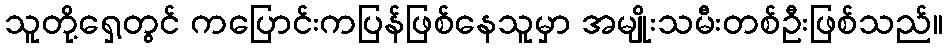
သူတို့ရှေ့တွင် ကပြောင်းကပြန်ဖြစ်နေသူမှာ အမျိုးသမီးတစ်ဦးဖြစ်သည်။